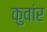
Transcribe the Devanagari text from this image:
कुवांर